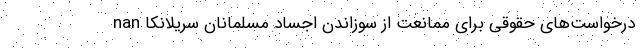
nan درخواست‌های حقوقی برای ممانعت از سوزاندن اجساد مسلمانان سریلانکا